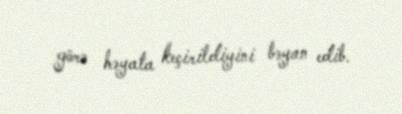
görə həyata keçirildiyini bəyan edib.